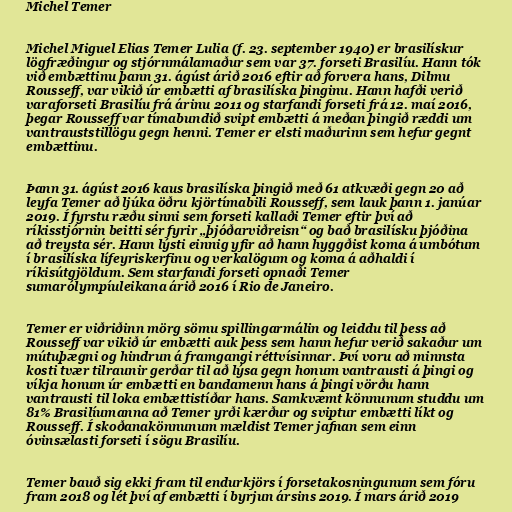
Michel Temer

Michel Miguel Elias Temer Lulia (f. 23. september 1940) er brasilískur
lögfræðingur og stjórnmálamaður sem var 37. forseti Brasilíu. Hann tók
við embættinu þann 31. ágúst árið 2016 eftir að forvera hans, Dilmu
Rousseff, var vikið úr embætti af brasilíska þinginu. Hann hafði verið
varaforseti Brasilíu frá árinu 2011 og starfandi forseti frá 12. maí 2016,
þegar Rousseff var tímabundið svipt embætti á meðan þingið ræddi um
vantrauststillögu gegn henni. Temer er elsti maðurinn sem hefur gegnt
embættinu.

Þann 31. ágúst 2016 kaus brasilíska þingið með 61 atkvæði gegn 20 að
leyfa Temer að ljúka öðru kjörtímabili Rousseff, sem lauk þann 1. janúar
2019. Í fyrstu ræðu sinni sem forseti kallaði Temer eftir því að
ríkisstjórnin beitti sér fyrir „þjóðarviðreisn“ og bað brasilísku þjóðina
að treysta sér. Hann lýsti einnig yfir að hann hyggðist koma á umbótum
í brasilíska lífeyriskerfinu og verkalögum og koma á aðhaldi í
ríkisútgjöldum. Sem starfandi forseti opnaði Temer
sumarólympíuleikana árið 2016 í Rio de Janeiro.

Temer er viðriðinn mörg sömu spillingarmálin og leiddu til þess að
Rousseff var vikið úr embætti auk þess sem hann hefur verið sakaður um
mútuþægni og hindrun á framgangi réttvísinnar. Því voru að minnsta
kosti tvær tilraunir gerðar til að lýsa gegn honum vantrausti á þingi og
víkja honum úr embætti en bandamenn hans á þingi vörðu hann
vantrausti til loka embættistíðar hans. Samkvæmt könnunum studdu um
81% Brasilíumanna að Temer yrði kærður og sviptur embætti líkt og
Rousseff. Í skoðanakönnunum mældist Temer jafnan sem einn
óvinsælasti forseti í sögu Brasilíu.

Temer bauð sig ekki fram til endurkjörs í forsetakosningunum sem fóru
fram 2018 og lét því af embætti í byrjun ársins 2019. Í mars árið 2019